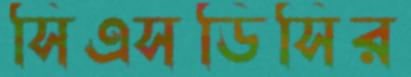
সিএসডিসির